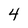
Character: 4